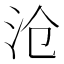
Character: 沧